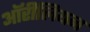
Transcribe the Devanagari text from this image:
ऑरीलियन